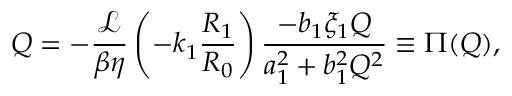
Q = - \frac { \mathcal { L } } { \beta \eta } \left( - k _ { 1 } \frac { R _ { 1 } } { R _ { 0 } } \right) \frac { - b _ { 1 } \xi _ { 1 } Q } { a _ { 1 } ^ { 2 } + b _ { 1 } ^ { 2 } Q ^ { 2 } } \equiv \Pi ( Q ) ,